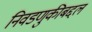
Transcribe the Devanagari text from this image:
निवडणुकीबद्दल